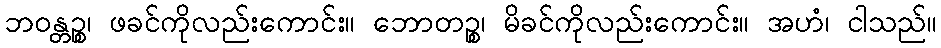
ဘဝန္တဉ္စ၊ ဖခင်ကိုလည်းကောင်း။ ဘောတဉ္စ၊ မိခင်ကိုလည်းကောင်း။ အဟံ၊ ငါသည်။